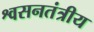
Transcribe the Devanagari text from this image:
श्वसनतंत्रीय